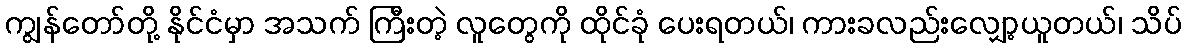
ကျွန်တော်တို့ နိုင်ငံမှာ အသက် ကြီးတဲ့ လူတွေကို ထိုင်ခုံ ပေးရတယ်၊ ကားခလည်းလျှော့ယူတယ်၊ သိပ်